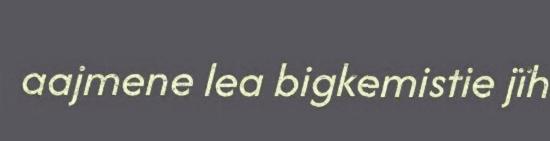
aajmene lea bigkemistie jïh